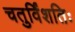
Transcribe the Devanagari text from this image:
चतुर्विंशतिः